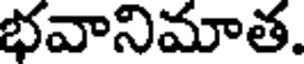
భవానిమాత.